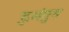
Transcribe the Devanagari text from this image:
दुभंगुन